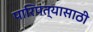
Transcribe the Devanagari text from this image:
पारिपत्यासाठी